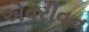
એવરીવન